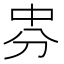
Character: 𠛸